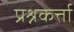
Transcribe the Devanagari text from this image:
प्रश्नकर्त्ता